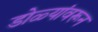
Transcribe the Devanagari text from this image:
डोळ्यांवरून